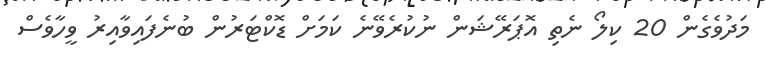
މަދުވެގެން 20 ކިލޯ ނެތި އޮޕަރޭޝަން ނުކުރެވޭނެ ކަމަށް ޑޮކްޓަރުން ބުނެފައިވާއިރު ވީހާވެސް